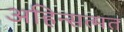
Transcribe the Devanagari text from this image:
अहिन्सत्मत